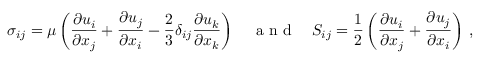
\sigma _ { i j } = \mu \left( \frac { \partial u _ { i } } { \partial x _ { j } } + \frac { \partial u _ { j } } { \partial x _ { i } } - \frac { 2 } { 3 } \delta _ { i j } \frac { \partial u _ { k } } { \partial x _ { k } } \right) \quad \mathrm { ~ a ~ n ~ d ~ } \quad S _ { i j } = \frac { 1 } { 2 } \left( \frac { \partial u _ { i } } { \partial x _ { j } } + \frac { \partial u _ { j } } { \partial x _ { i } } \right) \, ,